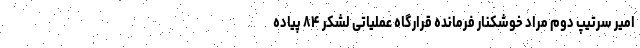
امیر سرتیپ دوم مراد خوشکنار فرمانده قرارگاه عملیاتی لشکر ۸۴ پیاده